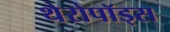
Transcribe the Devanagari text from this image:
थेरोपॉड्स